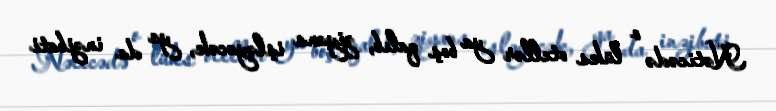
Nəticədə o lüks otellər ya boş qalıb, ziyana işləyəcək, ya da inzibati